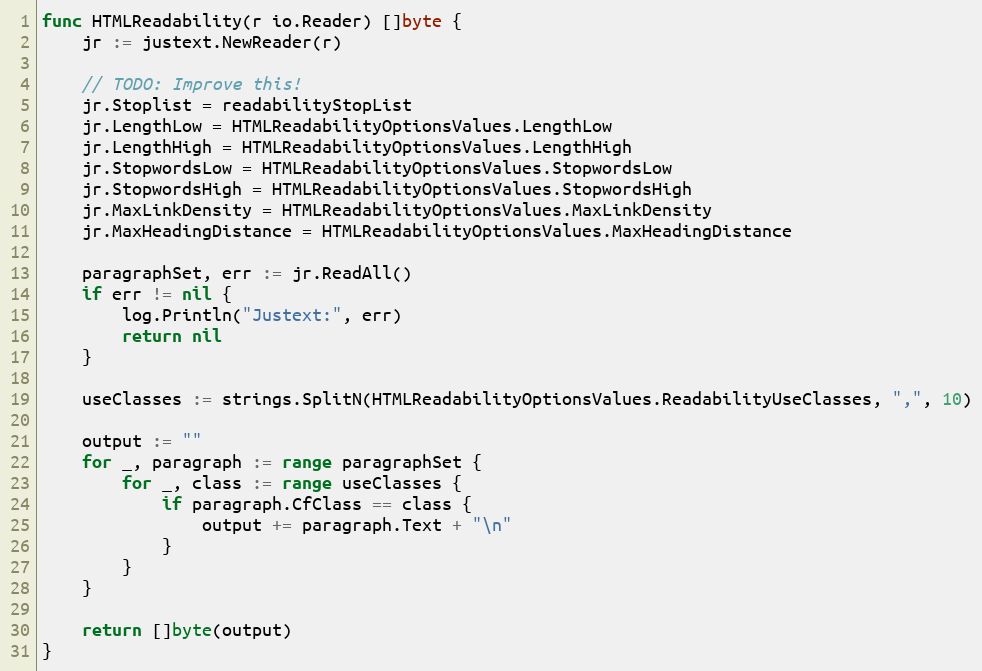
Language: Go
func HTMLReadability(r io.Reader) []byte {
	jr := justext.NewReader(r)

	// TODO: Improve this!
	jr.Stoplist = readabilityStopList
	jr.LengthLow = HTMLReadabilityOptionsValues.LengthLow
	jr.LengthHigh = HTMLReadabilityOptionsValues.LengthHigh
	jr.StopwordsLow = HTMLReadabilityOptionsValues.StopwordsLow
	jr.StopwordsHigh = HTMLReadabilityOptionsValues.StopwordsHigh
	jr.MaxLinkDensity = HTMLReadabilityOptionsValues.MaxLinkDensity
	jr.MaxHeadingDistance = HTMLReadabilityOptionsValues.MaxHeadingDistance

	paragraphSet, err := jr.ReadAll()
	if err != nil {
		log.Println("Justext:", err)
		return nil
	}

	useClasses := strings.SplitN(HTMLReadabilityOptionsValues.ReadabilityUseClasses, ",", 10)

	output := ""
	for _, paragraph := range paragraphSet {
		for _, class := range useClasses {
			if paragraph.CfClass == class {
				output += paragraph.Text + "\n"
			}
		}
	}

	return []byte(output)
}